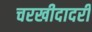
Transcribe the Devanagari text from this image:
चरखीदादरी